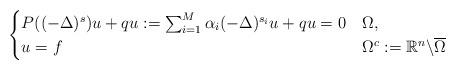
LaTeX: \begin{align*} \begin{cases} P( (-\Delta)^s)u + qu := \sum_{i=1}^M \alpha_i(-\Delta)^{s_i}u + qu =0 &\Omega, \\ u=f &\Omega^c:=\mathbb{R}^n\backslash \overline{\Omega} \end{cases}\end{align*}